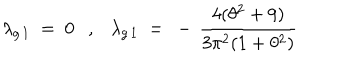
LaTeX: \lambda _ { g \, 1 } ~ = ~ 0 , \lambda _ { g \, 1 } ~ = ~ - \, \frac { 4 ( \theta ^ { 2 } + 9 ) } { 3 \pi ^ { 2 } ( 1 + \theta ^ { 2 } ) }